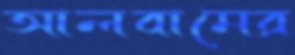
আলবামের